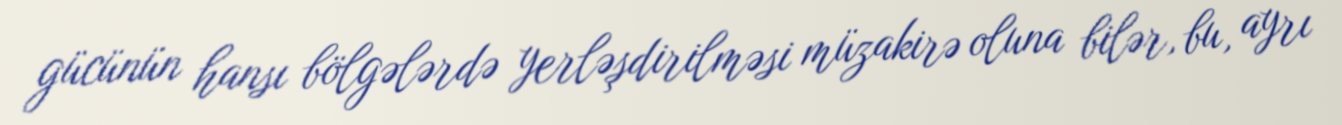
gücünün hansı bölgələrdə yerləşdirilməsi müzakirə oluna bilər, bu, ayrı